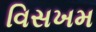
વિસખમ